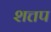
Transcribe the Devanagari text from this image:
शत्तप